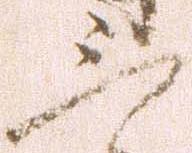
三